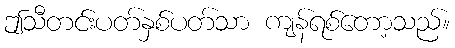
ဤသီတင်းပတ်နှစ်ပတ်သာ ကျန်ရစ်တော့သည်။